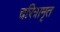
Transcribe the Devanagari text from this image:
चरित्रामृत